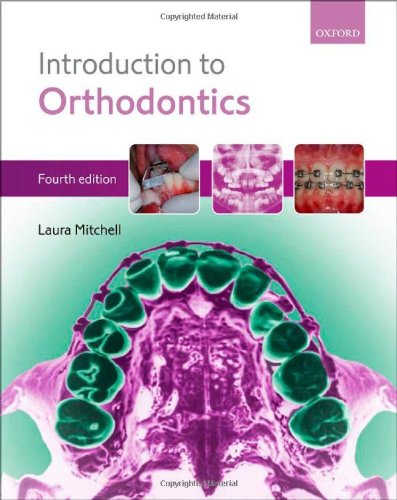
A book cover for An Introduction to Orthodontics; Laura Mitchell; Medical Books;